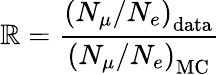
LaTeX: \mathbb{R}=\frac{{\left({N_{\mu}}/{N_{e}}\right)_{\mathrm{{data}}}}}{{\left({N_{\mu}}/{N_{e}}\right)_{\mathrm{{MC}}}}}